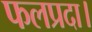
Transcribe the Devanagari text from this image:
फलप्रदा।